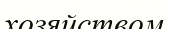
хозяйством